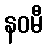
နဝမီ